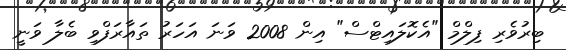
ބިރުވެރި ފިލްމް "އެކޮލައިޓްސް" އިން 2008 ވަނަ އަހަރު ތައާރަފްވި ބެލާ ވަނީ